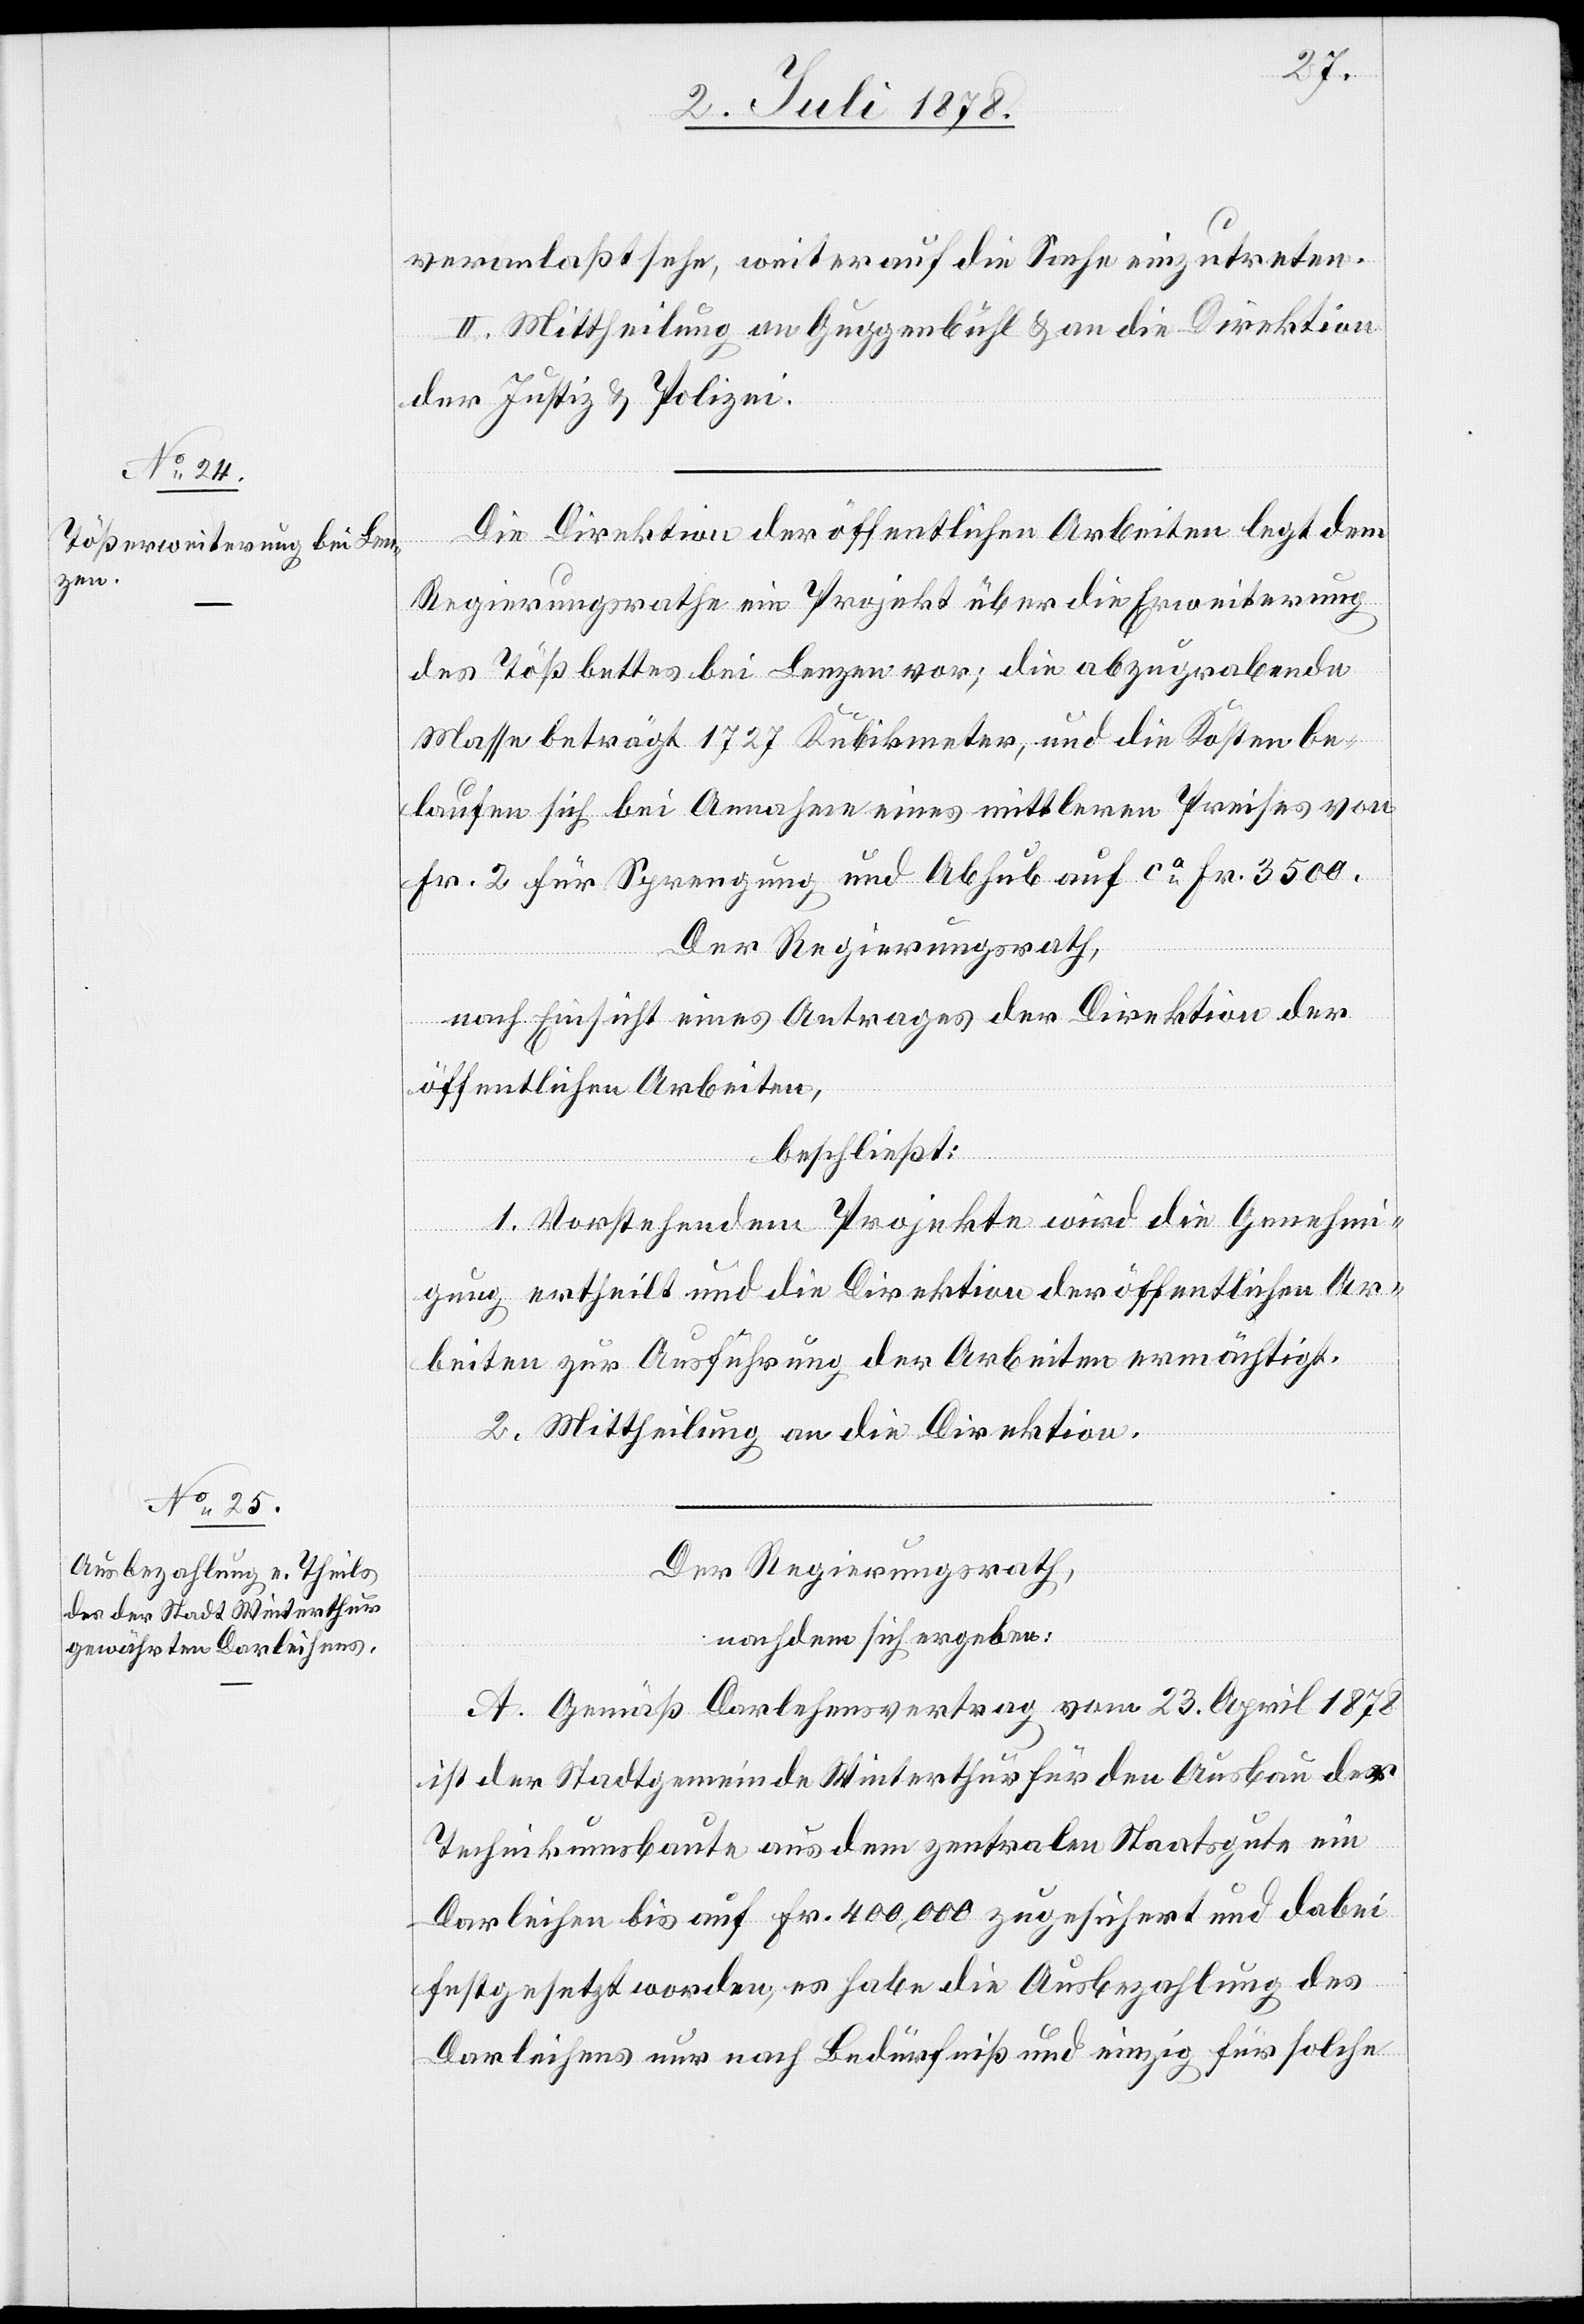
veranlaßt sehe, weiter auf die Sache einzutreten.
II. Mittheilung an Guggenbühl & an die Direktion
der Justiz & Polizei.
Die Direktion der öffentlichen Arbeiten legt dem
Regierungsrathe ein Projekt über die Erweiterung
des Tößbettes bei Lenzen vor; die abzugrabende
Masse beträgt 1727 Kubikmeter, und die Kosten be¬
laufen sich bei Annahme eines mittleren Preises von
Fr. 2 für Sprengung und Abhub auf ca Fr. 3500.
Der Regierungsrath,
nach Einsicht eines Antrages der Direktion der
öffentlichen Arbeiten,
beschließt:
1. Vorstehendem Projekte wird die Genehmi¬
gung ertheilt und die Direktion der öffentlichen Ar¬
beiten zur Ausführung der Arbeiten ermächtigt.
2. Mittheilung an die Direktion.
Der Regierungsrath,
nachdem sich ergeben:
A. Gemäß Darlehensvertrag vom 23. April 1878
ist der Stadtgemeinde Winterthur für den Ausbau der
Technikumsbaute aus dem zentralen Staatsgute ein
Darleihen bis auf Fr. 400,000 zugesichert und dabei
festgesetzt worden, es habe die Ausbezahlung des
Darleihens nur nach Bedürfniß und einzig für solche